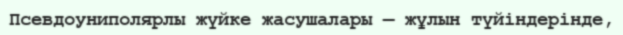
Псевдоуниполярлы жүйке жасушалары — жұлын түйіндерінде,